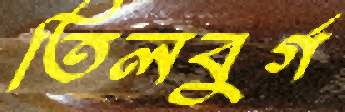
তিলবুর্গ